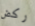
ركض